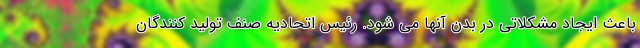
باعث ایجاد مشکلاتی در بدن آنها می شود. رئیس اتحادیه صنف تولید کنندگان